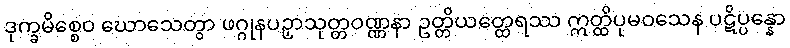
ဒုက္ခမိစ္စေဝ ဃောသေတွာ ဖဂ္ဂုနပဉှာသုတ္တဝဏ္ဏနာ ဥတ္တိယတ္ထေရဿ ဣတ္ထိပုမဝသေန ပဋိပ္ပန္နော